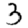
Digit: 3